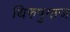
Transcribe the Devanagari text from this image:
थिरुपुगाज